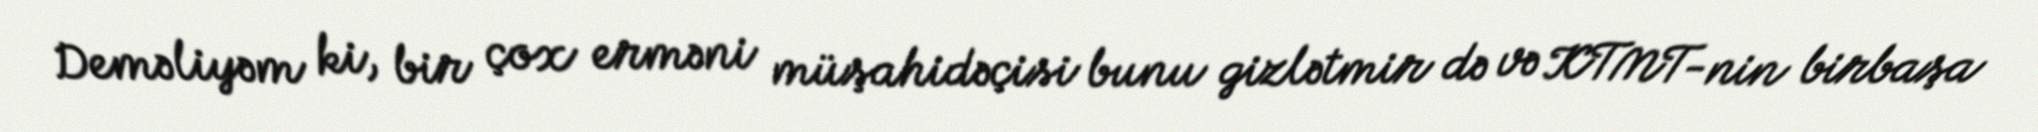
Deməliyəm ki, bir çox erməni müşahidəçisi bunu gizlətmir də və KTMT-nin birbaşa